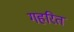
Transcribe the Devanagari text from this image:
गहरित